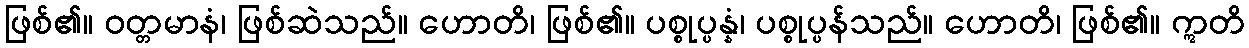
ဖြစ်၏။ ဝတ္တမာနံ၊ ဖြစ်ဆဲသည်။ ဟောတိ၊ ဖြစ်၏။ ပစ္စုပ္ပန္နံ၊ ပစ္စုပ္ပန်သည်။ ဟောတိ၊ ဖြစ်၏။ ဣတိ